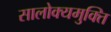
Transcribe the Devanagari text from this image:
सालोक्यमुक्ति